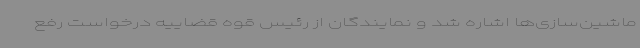
ماشین‌سازی‌ها اشاره شد و نمایندگان از رئیس قوه قضاییه درخواست رفع